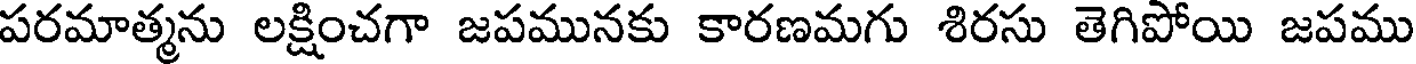
పరమాత్మను లక్షించగా జపమునకు కారణమగు శిరసు తెగిపోయి జపము